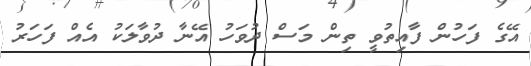
އޭގެ ފަހުން ފާއިތުވީ ތިން މަސް ދުވަހު އޭނާ ދުވާލަކު އެއް ފަހަރު